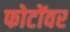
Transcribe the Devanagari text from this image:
फोटोंवर